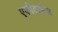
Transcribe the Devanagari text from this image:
एकीटाफेल